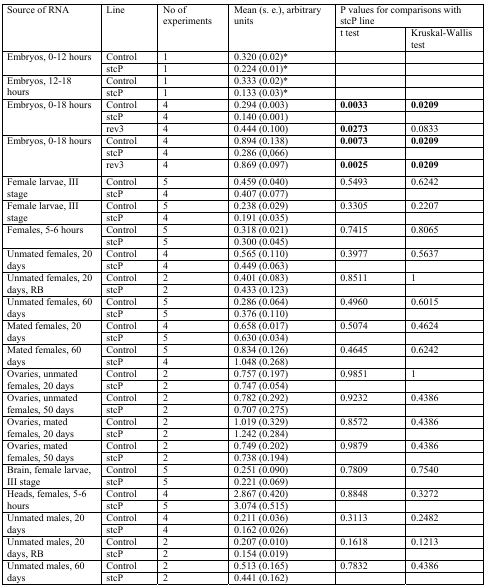
<table><thead><tr><td rowspan="2"><b>Source of RNA</b></td><td rowspan="2"><b>Line</b></td><td rowspan="2"><b>No of experiments</b></td><td rowspan="2"><b>Mean (s. e.), arbitrary units</b></td><td colspan="2"><b>P values for comparisons with stcP line</b></td></tr><tr><td><b>t test</b></td><td><b>Kruskal-Wallis test</b></td></tr></thead><tbody><tr><td rowspan="2">Embryos, 0-12 hours</td><td>Control</td><td>1</td><td>0.320 (0.02)*</td><td></td><td></td></tr><tr><td>stcP</td><td>1</td><td>0.224 (0.01)*</td><td></td><td></td></tr><tr><td rowspan="2">Embryos, 12-18 hours</td><td>Control</td><td>1</td><td>0.333 (0.02)*</td><td></td><td></td></tr><tr><td>stcP</td><td>1</td><td>0.133 (0.03)*</td><td></td><td></td></tr><tr><td rowspan="3">Embryos, 0-18 hours</td><td>Control</td><td>4</td><td>0.294 (0.003)</td><td><b>0.0033</b></td><td><b>0.0209</b></td></tr><tr><td>stcP</td><td>4</td><td>0.140 (0.001)</td><td></td><td></td></tr><tr><td>rev3</td><td>4</td><td>0.444 (0.100)</td><td><b>0.0273</b></td><td>0.0833</td></tr><tr><td rowspan="3">Embryos, 0-18 hours</td><td>Control</td><td>4</td><td>0.894 (0.138)</td><td><b>0.0073</b></td><td><b>0.0209</b></td></tr><tr><td>stcP</td><td>4</td><td>0.286 (0,066)</td><td></td><td></td></tr><tr><td>rev3</td><td>4</td><td>0.869 (0.097)</td><td><b>0.0025</b></td><td><b>0.0209</b></td></tr><tr><td rowspan="2">Female larvae, III stage</td><td>Control</td><td>5</td><td>0.459 (0.040)</td><td>0.5493</td><td>0.6242</td></tr><tr><td>stcP</td><td>4</td><td>0.407 (0.077)</td><td></td><td></td></tr><tr><td rowspan="2">Female larvae, III stage</td><td>Control</td><td>5</td><td>0.238 (0.029)</td><td>0.3305</td><td>0.2207</td></tr><tr><td>stcP</td><td>4</td><td>0.191 (0.035)</td><td></td><td></td></tr><tr><td rowspan="2">Females, 5-6 hours</td><td>Control</td><td>5</td><td>0.318 (0.021)</td><td>0.7415</td><td>0.8065</td></tr><tr><td>stcP</td><td>5</td><td>0.300 (0.045)</td><td></td><td></td></tr><tr><td rowspan="2">Unmated females, 20 days</td><td>Control</td><td>4</td><td>0.565 (0.110)</td><td>0.3977</td><td>0.5637</td></tr><tr><td>stcP</td><td>4</td><td>0.449 (0.063)</td><td></td><td></td></tr><tr><td rowspan="2">Unmated females, 20 days, RB</td><td>Control</td><td>2</td><td>0.401 (0.083)</td><td>0.8511</td><td>1</td></tr><tr><td>stcP</td><td>2</td><td>0.433 (0.123)</td><td></td><td></td></tr><tr><td rowspan="2">Unmated females, 60 days</td><td>Control</td><td>5</td><td>0.286 (0.064)</td><td>0.4960</td><td>0.6015</td></tr><tr><td>stcP</td><td>5</td><td>0.376 (0.110)</td><td></td><td></td></tr><tr><td rowspan="2">Mated females, 20 days</td><td>Control</td><td>4</td><td>0.658 (0.017)</td><td>0.5074</td><td>0.4624</td></tr><tr><td>stcP</td><td>5</td><td>0.630 (0.034)</td><td></td><td></td></tr><tr><td rowspan="2">Mated females, 60 days</td><td>Control</td><td>5</td><td>0.834 (0.126)</td><td>0.4645</td><td>0.6242</td></tr><tr><td>stcP</td><td>4</td><td>1.048 (0.268)</td><td></td><td></td></tr><tr><td rowspan="2">Ovaries, unmated females, 20 days</td><td>Control</td><td>2</td><td>0.757 (0.197)</td><td>0.9851</td><td>1</td></tr><tr><td>stcP</td><td>2</td><td>0.747 (0.054)</td><td></td><td></td></tr><tr><td rowspan="2">Ovaries, unmated females, 50 days</td><td>Control</td><td>2</td><td>0.782 (0.292)</td><td>0.9232</td><td>0.4386</td></tr><tr><td>stcP</td><td>2</td><td>0.707 (0.275)</td><td></td><td></td></tr><tr><td rowspan="2">Ovaries, mated females, 20 days</td><td>Control</td><td>2</td><td>1.019 (0.329)</td><td>0.8572</td><td>0.4386</td></tr><tr><td>stcP</td><td>2</td><td>1.242 (0.284)</td><td></td><td></td></tr><tr><td rowspan="2">Ovaries, mated females, 50 days</td><td>Control</td><td>2</td><td>0.749 (0.202)</td><td>0.9879</td><td>0.4386</td></tr><tr><td>stcP</td><td>2</td><td>0.738 (0.194)</td><td></td><td></td></tr><tr><td rowspan="2">Brain, female larvae, III stage</td><td>Control</td><td>5</td><td>0.251 (0.090)</td><td>0.7809</td><td>0.7540</td></tr><tr><td>stcP</td><td>5</td><td>0.221 (0.069)</td><td></td><td></td></tr><tr><td rowspan="2">Heads, females, 5-6 hours</td><td>Control</td><td>4</td><td>2.867 (0.420)</td><td>0.8848</td><td>0.3272</td></tr><tr><td>stcP</td><td>5</td><td>3.074 (0.515)</td><td></td><td></td></tr><tr><td rowspan="2">Unmated males, 20 days</td><td>Control</td><td>4</td><td>0.211 (0.036)</td><td>0.3113</td><td>0.2482</td></tr><tr><td>stcP</td><td>4</td><td>0.162 (0.026)</td><td></td><td></td></tr><tr><td rowspan="2">Unmated males, 20 days, RB</td><td>Control</td><td>2</td><td>0.207 (0.010)</td><td>0.1618</td><td>0.1213</td></tr><tr><td>stcP</td><td>2</td><td>0.154 (0.019)</td><td></td><td></td></tr><tr><td rowspan="2">Unmated males, 60 days</td><td>Control</td><td>2</td><td>0.513 (0.165)</td><td>0.7832</td><td>0.4386</td></tr><tr><td>stcP</td><td>2</td><td>0.441 (0.162)</td><td></td><td></td></tr></tbody></table>